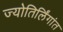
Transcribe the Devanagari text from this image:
ज्योतिर्लिंगांत